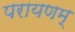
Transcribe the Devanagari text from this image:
परायणम्